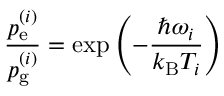
\frac { p _ { \mathrm { e } } ^ { ( i ) } } { p _ { \mathrm { g } } ^ { ( i ) } } = \exp \left( - \frac { \hbar \omega _ { i } } { k _ { \mathrm { B } } T _ { i } } \right)